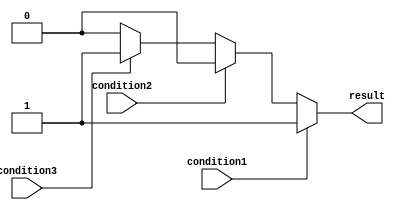
module if_else_ladder (
    input wire condition1,
    input wire condition2,
    input wire condition3,
    output reg result // Output signal based on conditions
);

always @* begin
    if (condition1) begin
        result = 1; // Action for condition1 being true
    end
    else if (condition2) begin
        result = 2; // Action for condition2 being true
    end
    else if (condition3) begin
        result = 3; // Action for condition3 being true
    end
    else begin
        result = 0; // Default action if none of the conditions are true
    end
end

endmodule